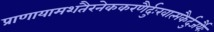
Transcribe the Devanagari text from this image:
प्राणायामशतैरनेककरणैर्दुःखात्मकैर्दुजर्यैः